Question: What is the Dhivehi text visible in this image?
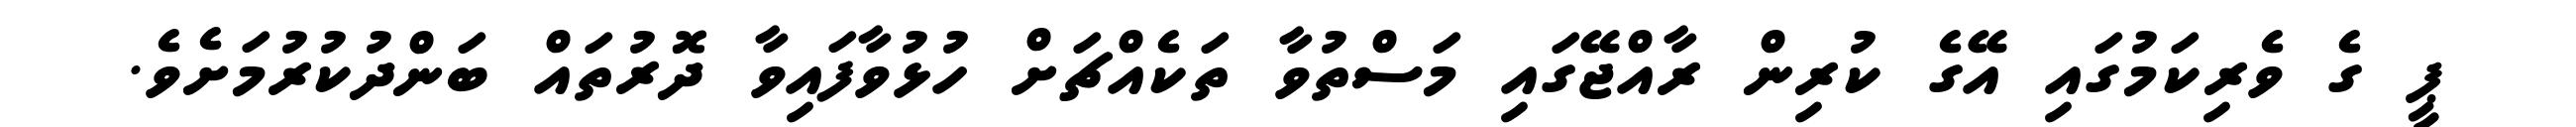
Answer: ޕީ ގެ ވެރިކަމުގައި އޭގެ ކުރިން ރާއްޖޭގައި މަސްތުވާ ތަކެއްޗަށް ހުޅުވާފައިވާ ދޮރުތައް ބަންދުކުރުމަށެވެ.